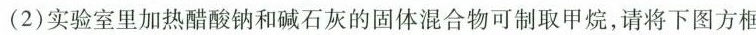
(2)实验室里加热醋酸钠和碱石灰的固体混合物可制取甲烷，请将下图方框